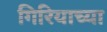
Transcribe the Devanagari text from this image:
गिरियाच्या